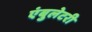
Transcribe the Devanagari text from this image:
एंबुलेटरी